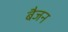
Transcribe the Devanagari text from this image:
बैजन